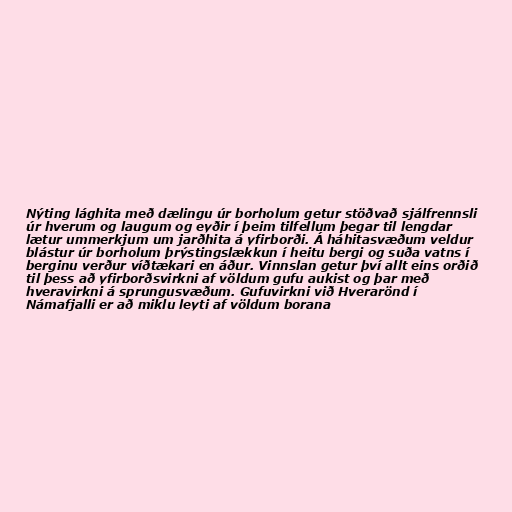
Nýting lághita með dælingu úr borholum getur stöðvað sjálfrennsli
úr hverum og laugum og eyðir í þeim tilfellum þegar til lengdar
lætur ummerkjum um jarðhita á yfirborði. Á háhitasvæðum veldur
blástur úr borholum þrýstingslækkun í heitu bergi og suða vatns í
berginu verður víðtækari en áður. Vinnslan getur því allt eins orðið
til þess að yfirborðsvirkni af völdum gufu aukist og þar með
hveravirkni á sprungusvæðum. Gufuvirkni við Hverarönd í
Námafjalli er að miklu leyti af völdum borana